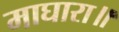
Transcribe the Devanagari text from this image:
माघारा॥